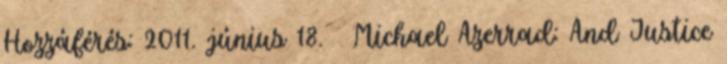
Hozzáférés: 2011. június 18. ↑ Michael Azerrad: And Justice